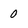
Character: 0